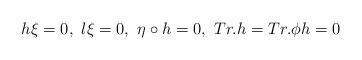
LaTeX: \begin{align*}h\xi=0,\,\, l\xi=0,\,\, \eta\circ h=0,\,\, Tr. h = Tr. \phi h = 0\end{align*}